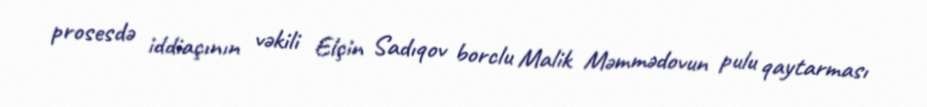
prosesdə iddiaçının vəkili Elçin Sadıqov borclu Malik Məmmədovun pulu qaytarması